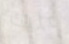
عليك